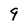
Character: 9